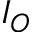
I _ { O }